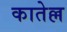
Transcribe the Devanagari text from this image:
कातेल्ल